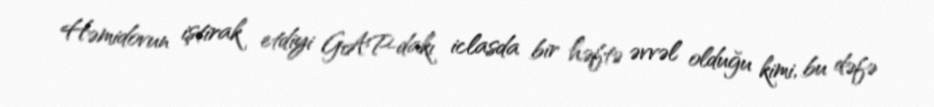
Həmidovun iştirak etdiyi GAP-dakı iclasda bir həftə əvvəl olduğu kimi, bu dəfə